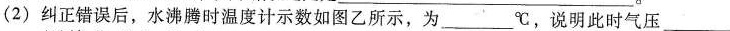
（2）纠正错误后，水沸腾时温度计示数如图乙所示，为___℃，说明此时气压___